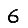
Digit: 6